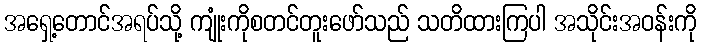
အရှေ့တောင်အရပ်သို့ ကျုံးကိုစတင်တူးဖော်သည် သတိထားကြပါ အသိုင်းအဝန်းကို